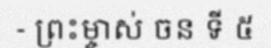
- ព្រះម្ចាស់ ចន ទី ៥